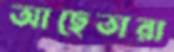
আছেতারা